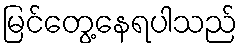
မြင်တွေ့နေရပါသည်